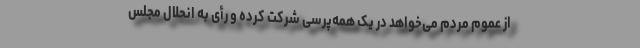
از عموم مردم می‌خواهد در یک همه‌پرسی شرکت کرده و رأی به انحلال مجلس